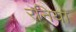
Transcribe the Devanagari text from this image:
रनिया